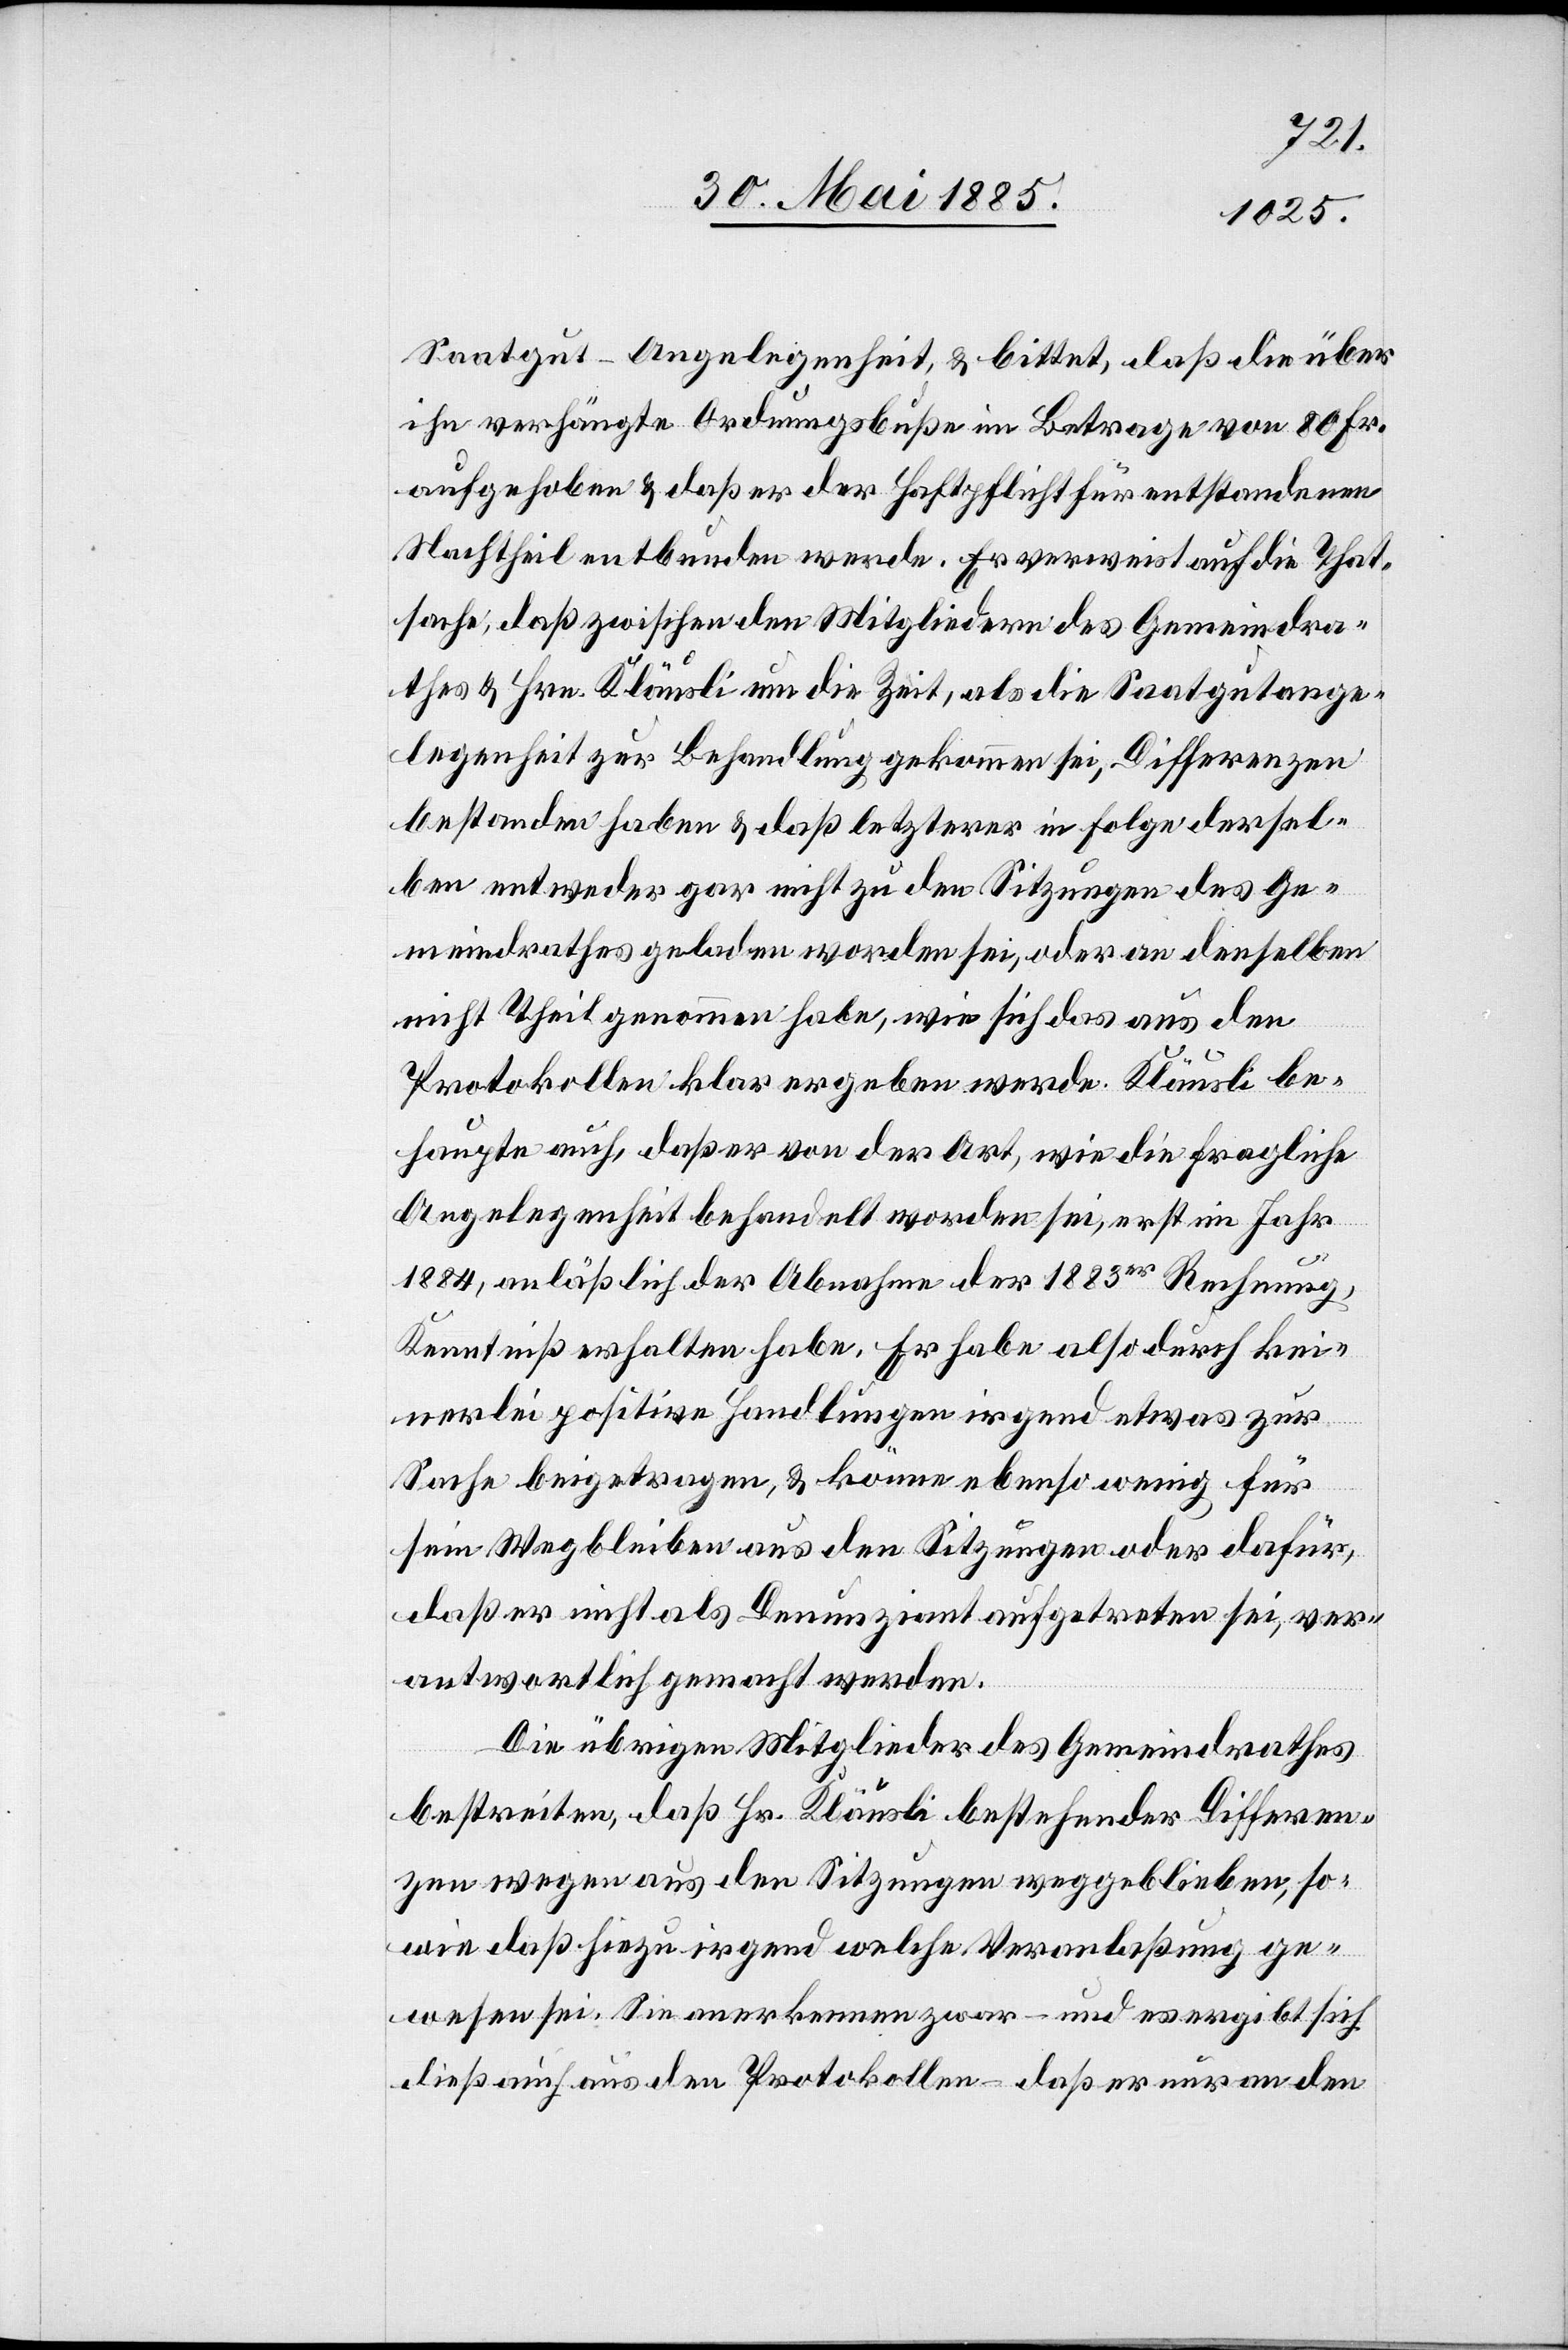
Saatgut-Angelegenheit, & bittet, daß die über
ihn verhängte Ordnungsbuße im Betrage von 80 Fr.
aufgehoben & daß er der Haftpflicht für entstandenen
Nachtheil entbunden werde. Er verweist auf die That¬
sache, daß zwischen den Mitgliedern des Gemeindra¬
thes & Hrn. Kläusli um die Zeit, als die Saatgutange¬
legenheit zur Behandlung gekommen sei, Differenzen
bestanden haben & daß letzterer in Folge dersel¬
ben entweder gar nicht zu den Sitzungen des Ge¬
meindrathes geladen worden sei, oder an denselben
nicht Theil genommen habe, wie sich das aus den
Protokollen klar ergeben werde. Kläusli be¬
haupte auch, daß er von der Art, wie die fragliche
Angelegenheit behandelt worden sei, erst im Jahr
1884, anläßlich der Abnahme der 1883er Rechnung,
Kenntniß erhalten habe. Er habe also durch kei¬
nerlei positive Handlungen irgend etwas zur
Sache beigetragen, & könne ebenso wenig für
sein Wegbleiben aus den Sitzungen oder dafür,
daß er nicht als Denunziant aufgetreten sei, ver¬
antwortlich gemacht werden.
Die übrigen Mitglieder des Gemeindrathes
bestreiten, das Hr. Kläusli bestehender Differen¬
zen wegen aus den Sitzungen weggeblieben, so¬
wie daß hiezu irgend welche Veranlaßung ge¬
wesen sei. Sie anerkennen zwar – und es ergibt sich
dieß auch aus den Protokollen – daß er nur an den